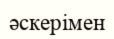
әскерімен